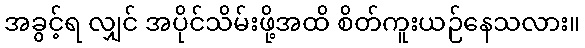
အခွင့်ရ လျှင် အပိုင်သိမ်းဖို့အထိ စိတ်ကူးယဉ်နေသလား။